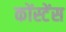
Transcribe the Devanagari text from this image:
कोंस्टेंस